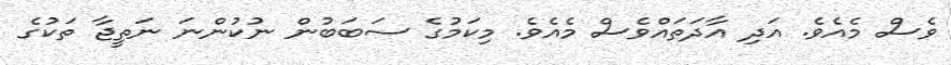
ވެސް މެއެވެ. އަދި އާދަތައްވެސް މެއެވެ. މިކަމުގެ ސަބަބުން ނުކުންނަ ނަތީޖާ ތަކުގެ